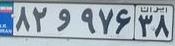
۸۲و۹۷۶۳۸